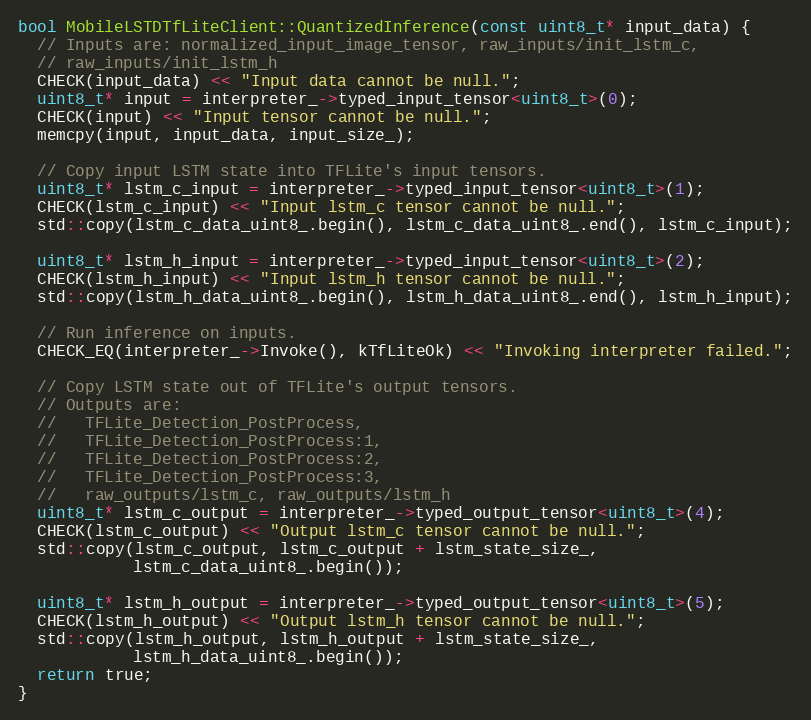
Language: C++
bool MobileLSTDTfLiteClient::QuantizedInference(const uint8_t* input_data) {
  // Inputs are: normalized_input_image_tensor, raw_inputs/init_lstm_c,
  // raw_inputs/init_lstm_h
  CHECK(input_data) << "Input data cannot be null.";
  uint8_t* input = interpreter_->typed_input_tensor<uint8_t>(0);
  CHECK(input) << "Input tensor cannot be null.";
  memcpy(input, input_data, input_size_);

  // Copy input LSTM state into TFLite's input tensors.
  uint8_t* lstm_c_input = interpreter_->typed_input_tensor<uint8_t>(1);
  CHECK(lstm_c_input) << "Input lstm_c tensor cannot be null.";
  std::copy(lstm_c_data_uint8_.begin(), lstm_c_data_uint8_.end(), lstm_c_input);

  uint8_t* lstm_h_input = interpreter_->typed_input_tensor<uint8_t>(2);
  CHECK(lstm_h_input) << "Input lstm_h tensor cannot be null.";
  std::copy(lstm_h_data_uint8_.begin(), lstm_h_data_uint8_.end(), lstm_h_input);

  // Run inference on inputs.
  CHECK_EQ(interpreter_->Invoke(), kTfLiteOk) << "Invoking interpreter failed.";

  // Copy LSTM state out of TFLite's output tensors.
  // Outputs are:
  //   TFLite_Detection_PostProcess,
  //   TFLite_Detection_PostProcess:1,
  //   TFLite_Detection_PostProcess:2,
  //   TFLite_Detection_PostProcess:3,
  //   raw_outputs/lstm_c, raw_outputs/lstm_h
  uint8_t* lstm_c_output = interpreter_->typed_output_tensor<uint8_t>(4);
  CHECK(lstm_c_output) << "Output lstm_c tensor cannot be null.";
  std::copy(lstm_c_output, lstm_c_output + lstm_state_size_,
            lstm_c_data_uint8_.begin());

  uint8_t* lstm_h_output = interpreter_->typed_output_tensor<uint8_t>(5);
  CHECK(lstm_h_output) << "Output lstm_h tensor cannot be null.";
  std::copy(lstm_h_output, lstm_h_output + lstm_state_size_,
            lstm_h_data_uint8_.begin());
  return true;
}